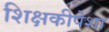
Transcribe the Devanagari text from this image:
शिक्षकीपेशा